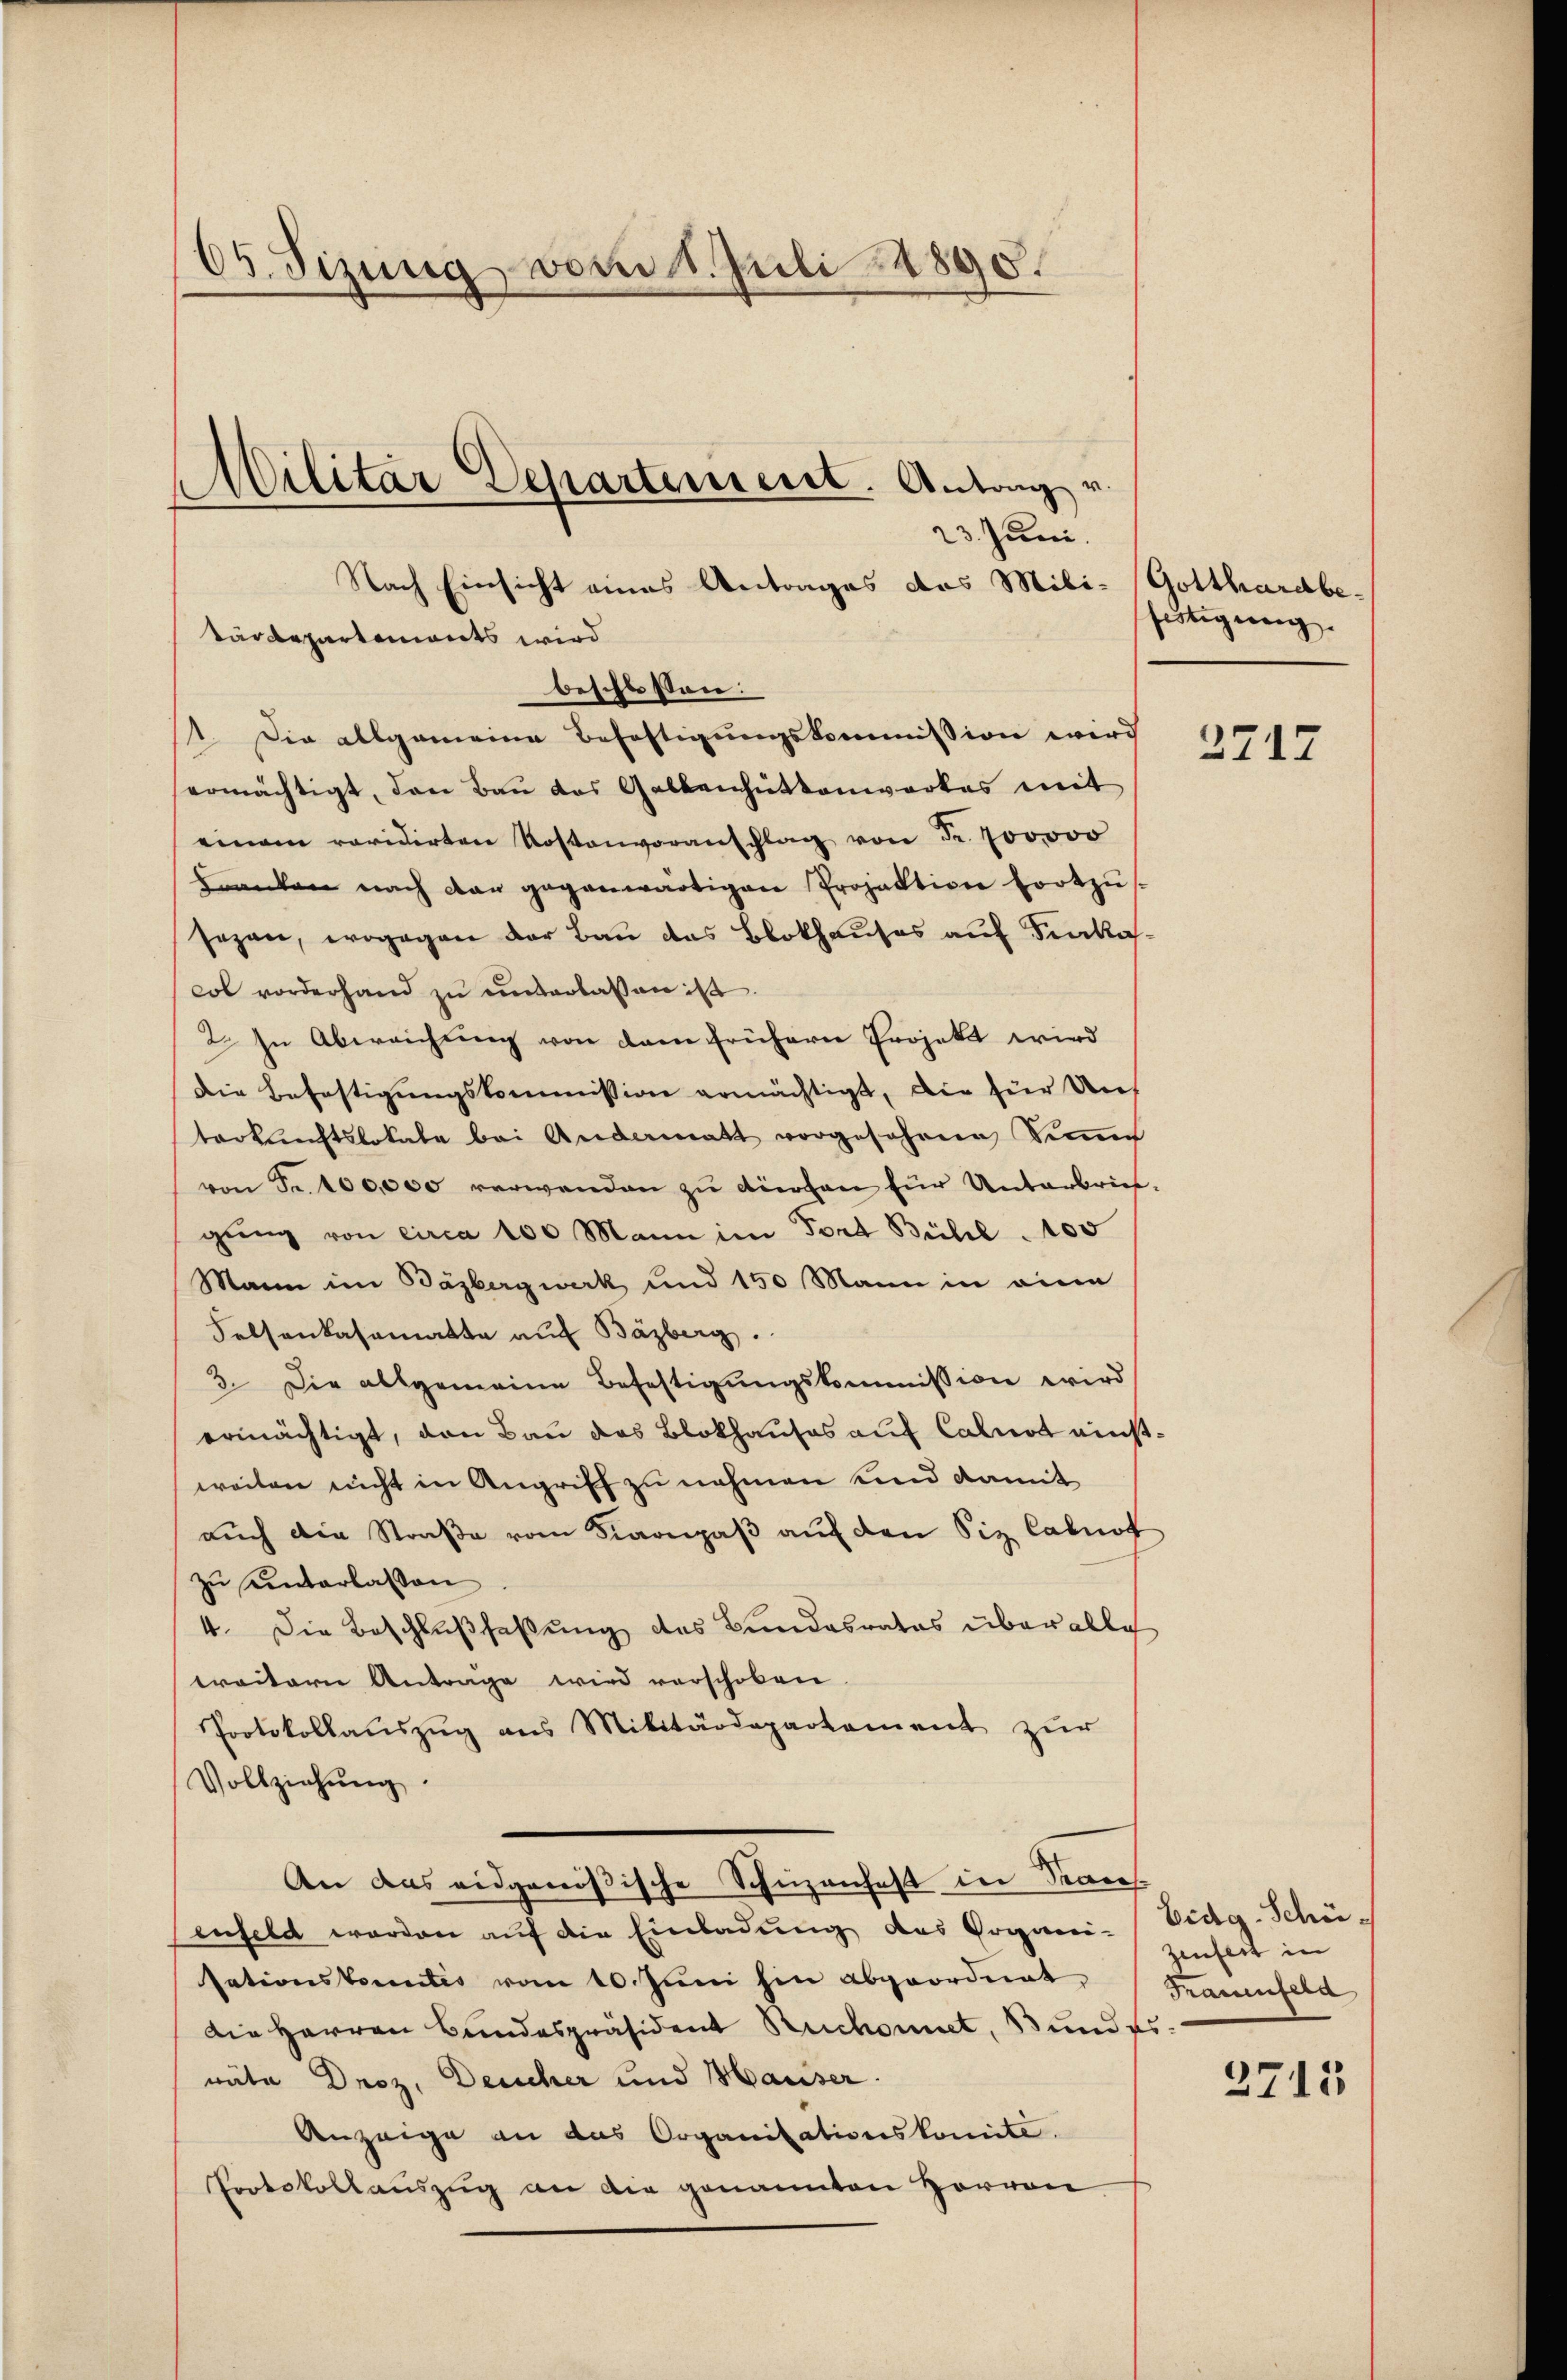
66. Sizung vom 1. Juli 1890.

Nach Einsicht eines Antrages des Mili- Gotthardbebeschloßen:
 Die allgemeine Befestigungskommission wird
ermächtigt, den Bau das Gabbenhüttenwerkes mit
einem revidirten Kostenvoranschlag von Fr. 700000
hranken nach dan gegenwärtigen Projektion fortzŭ
sezen, wogegen der Bau das Blothauses auf Funkacol vorderhand zŭ ŭnterlassen ist.
2. In Abweichung von dann früherer Projekt wird
Die Befestigungskommission ermächtigt, die für Unt
terkunftslokale bei Andermatt vorgesehene Kin
von Fr. 100,000 verwenden zu dürfen für Unterbrief.
gŭng von circa 100 Mann im Fort Bühl 100
Mann im Bäzbergwerk und 150 Mann in eine
Felsenkasamatte auf Bäzberg.
3. Die allgemeine Befestigŭngskommission wird,
ermächtigt, den Bau das Blokhauses auf Calnot nichtweiten nicht in Angriff zu nehmen und damit
auch die Straße vom Karpaß auf den Siz Cabnot
zu einterlassen
4. Die Beschlußfaßung des Bundesrates über alle
weitern Antrage wird verschoben
Protokollauszug aus Militärdepartement zur
Vollziehŭng
An das eidgenößische Schuzenhaft in Kraus.
enfeld werden auf die Einladung des Organi-Vidg-Schüsationskontis vom 10. Jŭni hin abgeordnet, Frauenfeld
Die Herren Bundespräsident Ruchonnet, Bund es
räte Droz, Deucher und Hauser.
Anzeige an das Organisationskomite.
Protokollauszug an die genannten Herren

Militar Departiniert. Antrag v.

Tärdepartements wird

23. Juni.

fätigung.

2717

zinfert in

2715